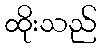
ထိုးသည်